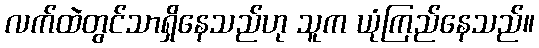
လက်ထဲတွင်သာရှိနေသည်ဟု သူက ယုံကြည်နေသည်။